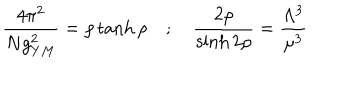
\frac { 4 \pi ^ { 2 } } { N g _ { Y M } ^ { 2 } } = \rho \tanh \rho ~ ; ~ \frac { 2 \rho } { \sinh 2 \rho } = \frac { \Lambda ^ { 3 } } { \mu ^ { 3 } }